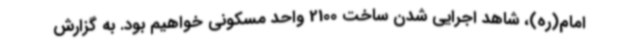
امام(ره)، شاهد اجرایی شدن ساخت 2100 واحد مسکونی خواهیم بود. به گزارش